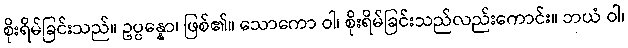
စိုးရိမ်ခြင်းသည်။ ဥပ္ပန္နော၊ ဖြစ်၏။ သောကော ဝါ၊ စိုးရိမ်ခြင်းသည်လည်းကောင်း။ ဘယံ ဝါ၊